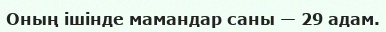
Оның ішінде мамандар саны — 29 адам.